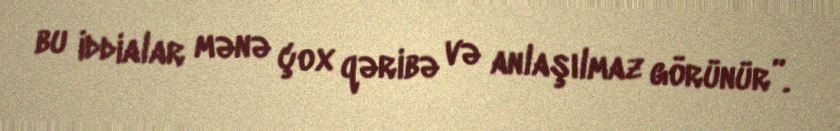
bu iddialar mənə çox qəribə və anlaşılmaz görünür”.